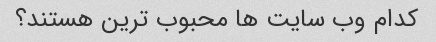
کدام وب سایت ها محبوب ترین هستند؟